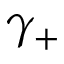
\gamma _ { + }